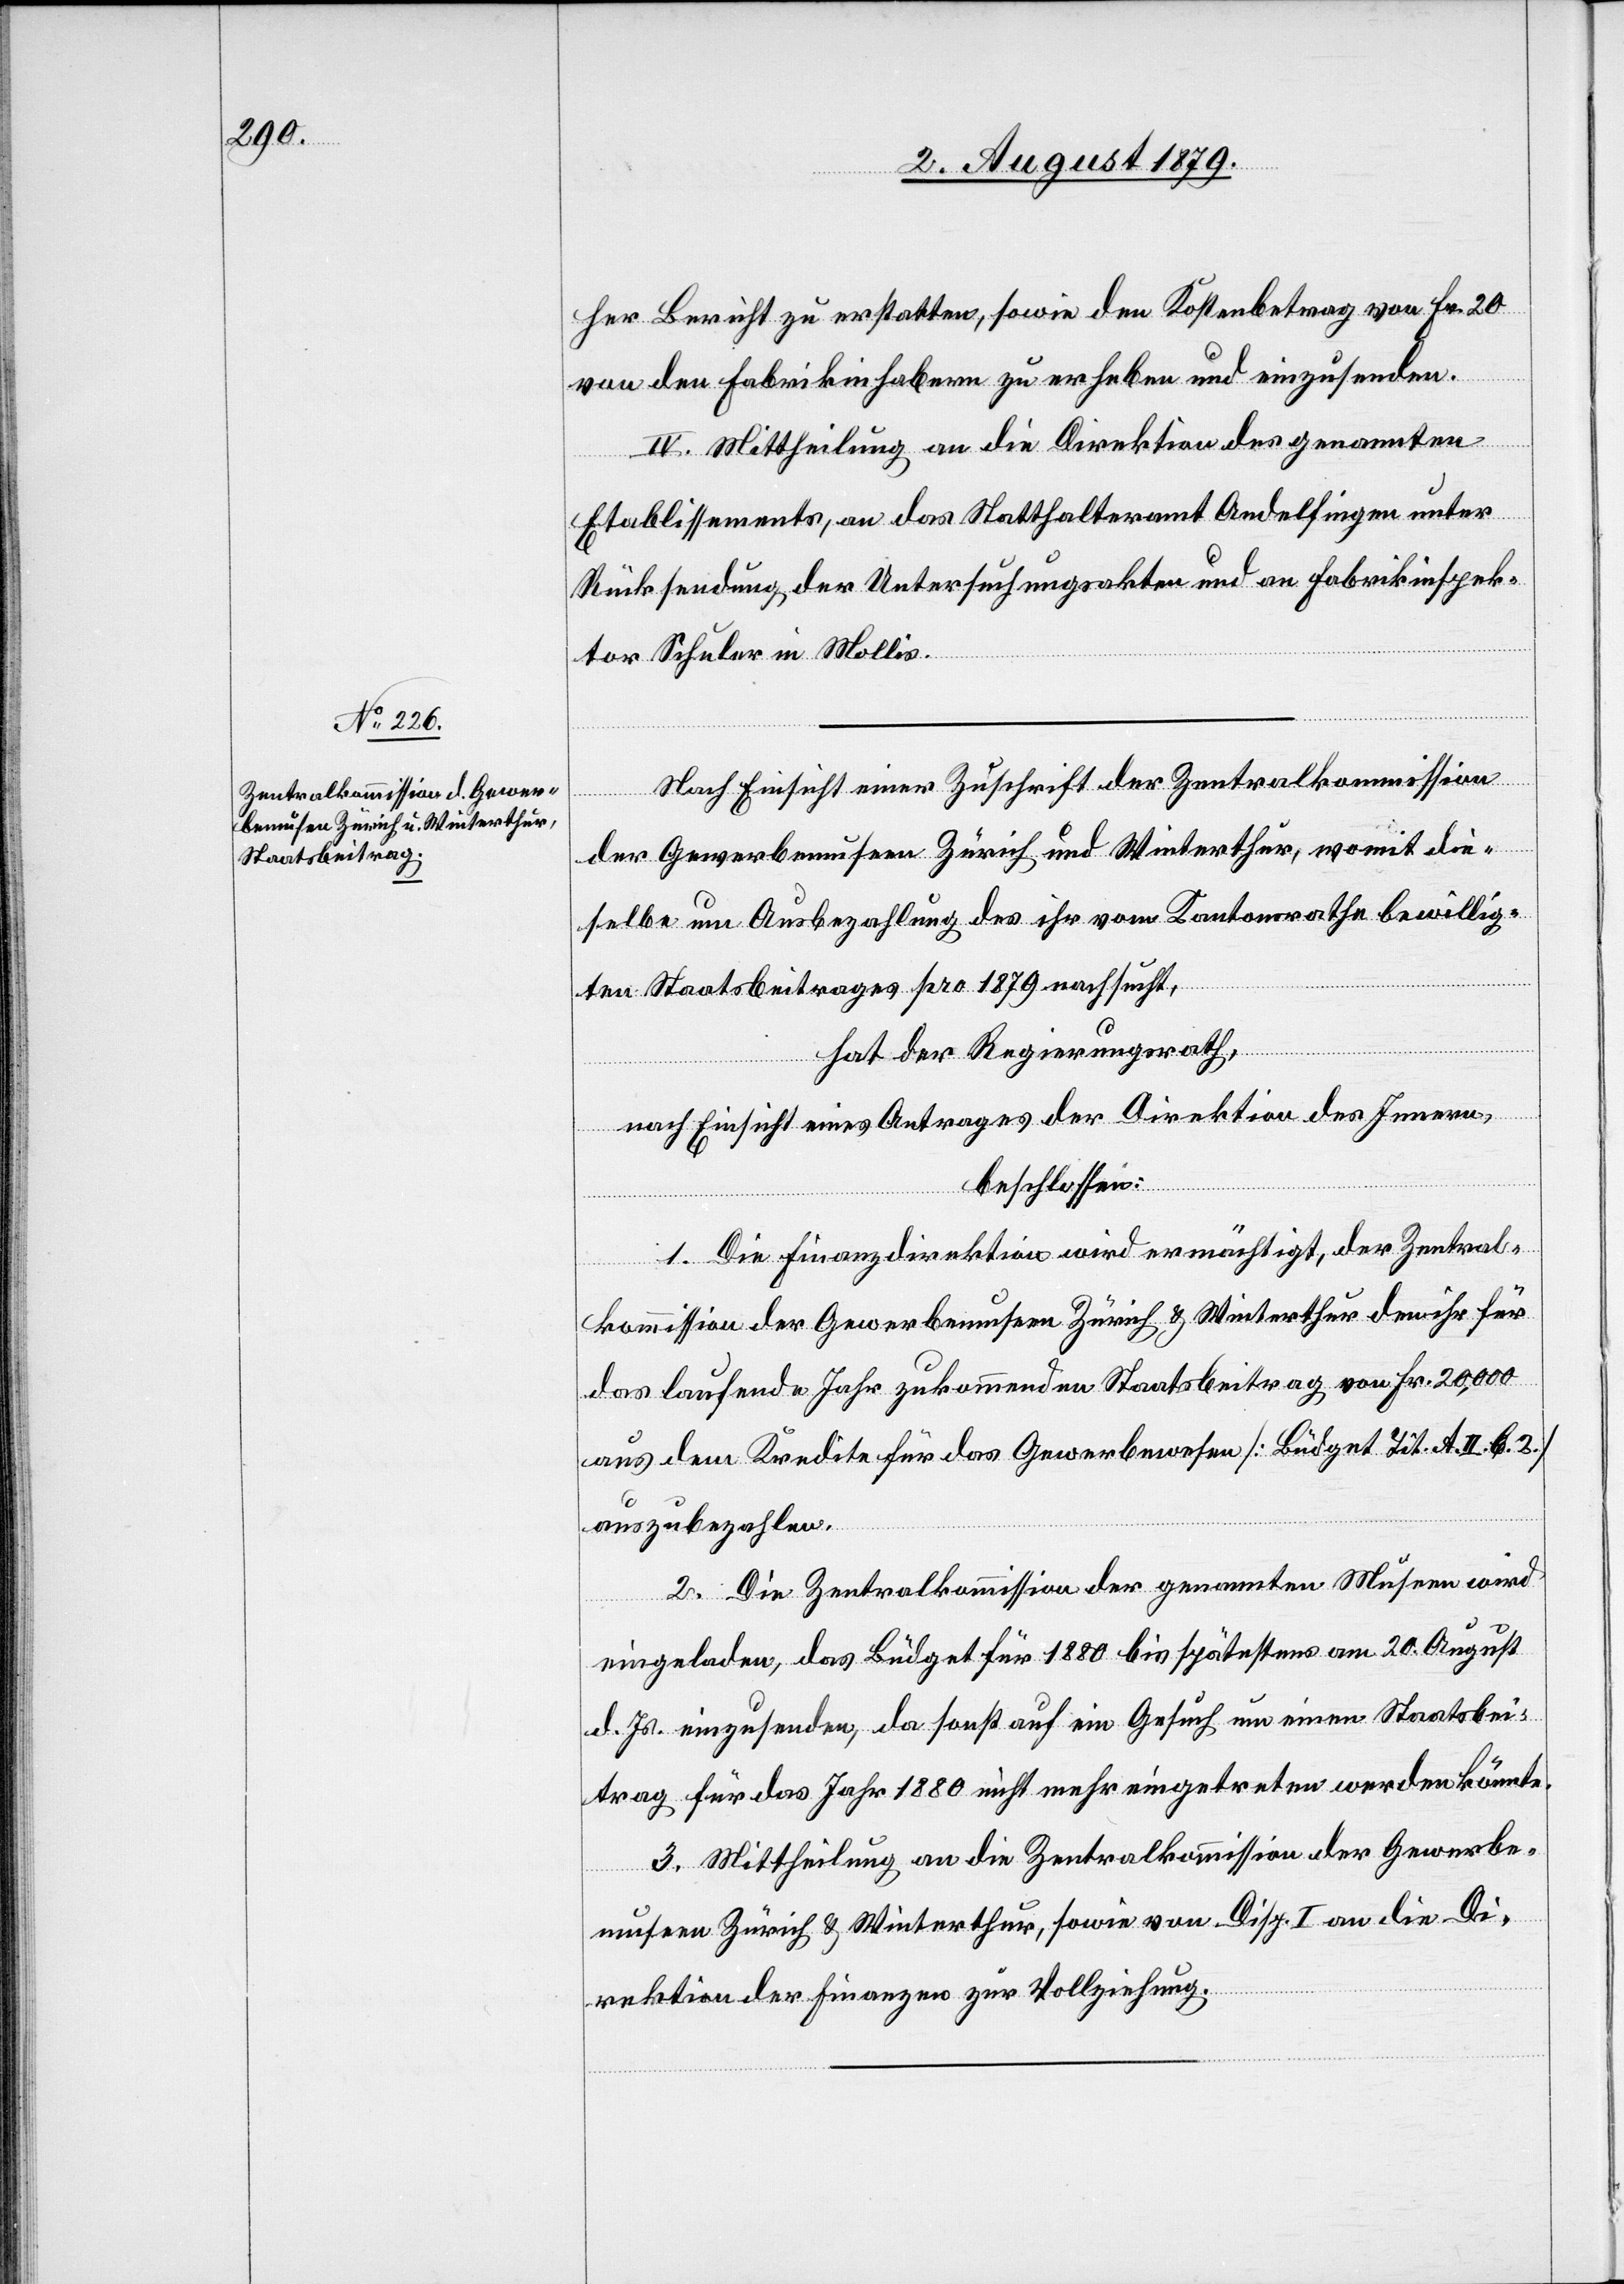
her Bericht zu erstatten, sowie den Kostenbetrag von Fr. 20
von den Fabrikinhabern zu erheben und einzusenden.
IV. Mittheilung an die Direktion des genannten
Etablissements, an das Statthalteramt Andelfingen unter
Rücksendung der Untersuchungsakten und an Fabrikinspek¬
tor Schuler in Mollis.
Nach Einsicht einer Zuschrift der Zentralkommission
der Gewerbemuseen Zürich und Winterthur, womit die¬
selbe um Ausbezahlung des ihr vom Kantonsrathe bewillig¬
ten Staatsbeitrages pro 1879 nachsucht,
hat der Regierungsrath,
nach Einsicht eines Antrages der Direktion des Innern,
beschlossen:
1. Die Finanzdirektion wird ermächtigt, der Zentral¬
kommission der Gewerbemuseen Zürich & Winterthur den ihr für
das laufende Jahr zukommenden Staatsbeitrag von Fr. 20,000
aus dem Kredite für das Gewerbewesen [Büdget Tit. A. II. b. 2]
auszubezahlen.
2. Die Zentralkommission der genannten Museen wird
eingeladen, das Büdget für 1880 bis spätestens am 20. August
d. Js. einzusenden, da sonst auf ein Gesuch um einen Staatsbei¬
trag für das Jahr 1880 nicht mehr eingetreten werden könnte.
3. Mittheilung an die Zentralkommission der Gewerbe¬
museen Zürich & Winterthur, sowie von Disp. I an die Di¬
rektion der Finanzen zur Vollziehung.